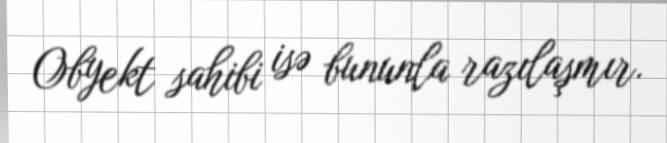
Obyekt sahibi isə bununla razılaşmır.